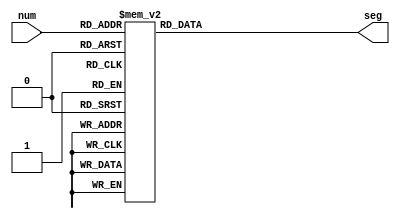
module Seg7(num ,seg);
input [3:0] num;
output [6:0] seg;

wire [3:0] num;
reg [6:0] seg;

always @(num)
begin
	case(num)
	/*
		//active_high
		4'd0 : seg <= 7'b011_1111;
		4'd1 : seg <= 7'b000_0110;
		4'd2 : seg <= 7'b101_1011;
		4'd3 : seg <= 7'b100_1111;
		4'd4 : seg <= 7'b110_0110;
		4'd5 : seg <= 7'b110_1101;
		4'd6 : seg <= 7'b111_1101;
		4'd7 : seg <= 7'b010_0111;
		4'd8 : seg <= 7'b111_1111;
		4'd9 : seg <= 7'b110_1111;
		4'd10 : seg <= 7'b111_0111;
		4'd11 : seg <= 7'b111_1100;
		4'd12 : seg <= 7'b101_1000;
		4'd13 : seg <= 7'b101_1110;
		4'd14 : seg <= 7'b111_1001;
		4'd15 : seg <= 7'b111_0001;
		*/
		//active_low
		4'd0 : seg <= 7'b100_0000;
		4'd1 : seg <= 7'b111_1001;
		4'd2 : seg <= 7'b010_0100;
		4'd3 : seg <= 7'b011_0000;
		4'd4 : seg <= 7'b001_1001;
		4'd5 : seg <= 7'b001_0010;
		4'd6 : seg <= 7'b000_0010;
		4'd7 : seg <= 7'b101_1000;
		4'd8 : seg <= 7'b000_0000;
		4'd9 : seg <= 7'b001_0000;
		4'd10 : seg <= 7'b000_1000;
		4'd11 : seg <= 7'b000_0011;
		4'd12 : seg <= 7'b010_0111;
		4'd13 : seg <= 7'b010_0001;
		4'd14 : seg <= 7'b000_0110;
		4'd15 : seg <= 7'b000_1110;
		
	endcase
end
endmodule